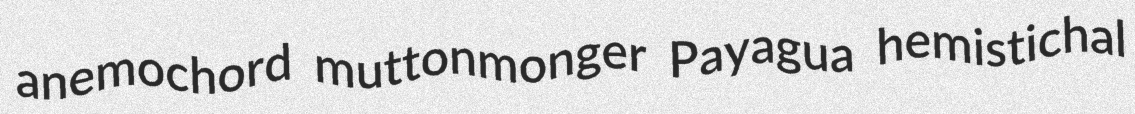
anemochord muttonmonger Payagua hemistichal